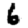
Digit: 6